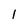
Character: l